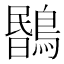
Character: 𪃯